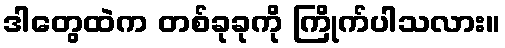
ဒါတွေထဲက တစ်ခုခုကို ကြိုက်ပါသလား။